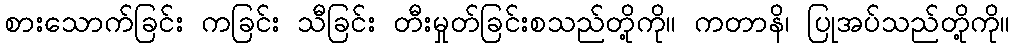
စားသောက်ခြင်း ကခြင်း သီခြင်း တီးမှုတ်ခြင်းစသည်တို့ကို။ ကတာနိ၊ ပြုအပ်သည်တို့ကို။